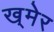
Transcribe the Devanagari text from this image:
ख्‌मेर